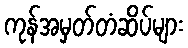
ကုန်အမှတ်တံဆိပ်များ